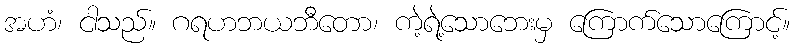
အဟံ၊ ငါသည်။ ဂရဟဘယဘီတော၊ ကဲ့ရဲ့သောဘေးမှ ကြောက်သောကြောင့်။